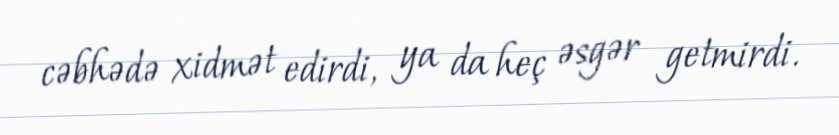
cəbhədə xidmət edirdi, ya da heç əsgər getmirdi.